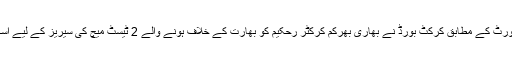
ویسٹ انڈین میڈیا رپورٹ کے مطابق کرکٹ بورڈ نے بھاری بھرکم کرکٹر رحکیم کو بھارت کے خلاف ہونے والے 2 ٹیسٹ میچ کی سیریز کے لیے اسکواڈ میں شامل کرلیا۔